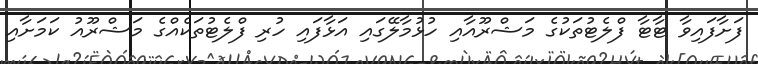
ފަށާފައިވާ ޓާޓާ ފްލެޓުތަކުގެ މަޝްރޫއާއި ހުޅުމާލޭގައި އަޅާފައި ހުރި ފްލެޓުތަކެއްގެ މަޝްރޫއު ކަމަށާއި